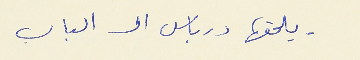
- يلحقها درباس الى الباب